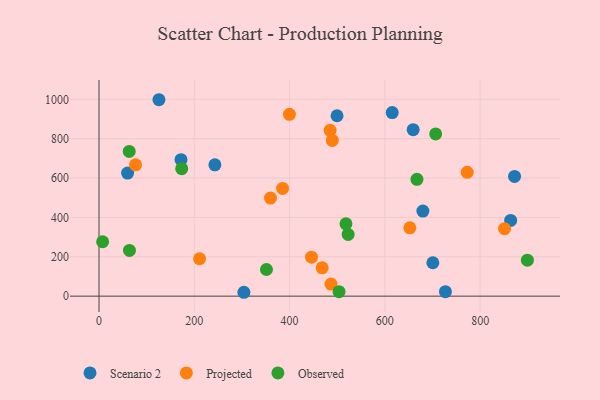
{"axis": {"x": "Experience", "y": "Demand"}, "legend": ["Observed", "Projected", "Scenario 2"], "data": [{"x": "60.0", "y": 625.3, "type": "Scenario 2"}, {"x": "864.0", "y": 384.7, "type": "Scenario 2"}, {"x": "727.1", "y": 23.0, "type": "Scenario 2"}, {"x": "700.7", "y": 169.7, "type": "Scenario 2"}, {"x": "304.1", "y": 19.7, "type": "Scenario 2"}, {"x": "659.4", "y": 845.8, "type": "Scenario 2"}, {"x": "679.8", "y": 432.1, "type": "Scenario 2"}, {"x": "872.2", "y": 608.4, "type": "Scenario 2"}, {"x": "172.1", "y": 693.3, "type": "Scenario 2"}, {"x": "499.6", "y": 916.7, "type": "Scenario 2"}, {"x": "615.4", "y": 933.0, "type": "Scenario 2"}, {"x": "125.8", "y": 998.1, "type": "Scenario 2"}, {"x": "243.2", "y": 667.1, "type": "Scenario 2"}, {"x": "652.4", "y": 347.3, "type": "Projected"}, {"x": "76.6", "y": 667.3, "type": "Projected"}, {"x": "851.2", "y": 342.7, "type": "Projected"}, {"x": "468.4", "y": 143.7, "type": "Projected"}, {"x": "385.4", "y": 547.3, "type": "Projected"}, {"x": "489.7", "y": 791.2, "type": "Projected"}, {"x": "772.8", "y": 629.4, "type": "Projected"}, {"x": "446.0", "y": 197.8, "type": "Projected"}, {"x": "485.0", "y": 842.4, "type": "Projected"}, {"x": "359.9", "y": 498.5, "type": "Projected"}, {"x": "399.7", "y": 923.9, "type": "Projected"}, {"x": "486.8", "y": 61.2, "type": "Projected"}, {"x": "211.1", "y": 190.1, "type": "Projected"}, {"x": "7.6", "y": 276.5, "type": "Observed"}, {"x": "706.6", "y": 824.1, "type": "Observed"}, {"x": "503.8", "y": 22.7, "type": "Observed"}, {"x": "518.3", "y": 367.5, "type": "Observed"}, {"x": "667.3", "y": 593.4, "type": "Observed"}, {"x": "351.5", "y": 135.5, "type": "Observed"}, {"x": "63.9", "y": 232.4, "type": "Observed"}, {"x": "63.4", "y": 735.6, "type": "Observed"}, {"x": "522.9", "y": 313.5, "type": "Observed"}, {"x": "173.6", "y": 647.9, "type": "Observed"}, {"x": "899.1", "y": 182.6, "type": "Observed"}]}